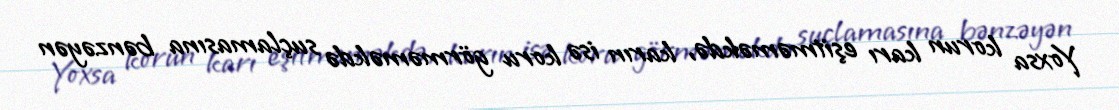
Yoxsa korun karı eşitməməkdə, karın isə koru görməməkdə suçlamasına bənzəyən